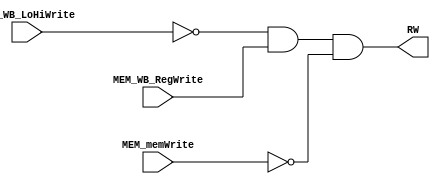
module regWriteAnd (RW, MEM_WB_LoHiWrite, MEM_WB_RegWrite, MEM_memWrite);

// input 
	input MEM_WB_LoHiWrite, MEM_WB_RegWrite, MEM_memWrite;
	
// output
	output reg RW;
	
	always @(*)
		RW <= (~(MEM_WB_LoHiWrite)) && MEM_WB_RegWrite && (~(MEM_memWrite));
	
endmodule